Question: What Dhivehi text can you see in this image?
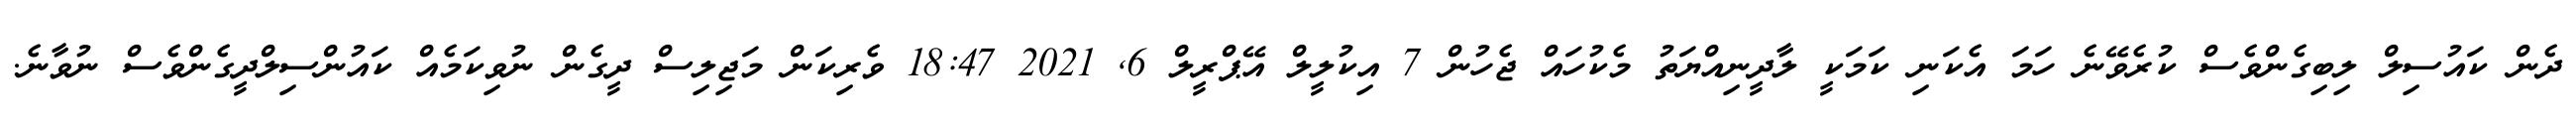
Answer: ދެން ކައުސިލް ލިބިގެންވެސް ކުރެވޭނެ ހަމަ އެކަނި ކަމަކީ ލާދީނިއްޔަތު މެކުހައް ޖެހުން 7 އިކުލީލް އޭޕްރީލް 6, 2021 18:47 ވެރިކަން މަޖިލިސް ދީގެން ނުވިކަމެއް ކައުންސިލްދީގެންވެސް ނުވާނެ.